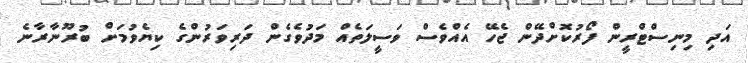
އަދި މިނިސްޓްރީން ފޯރުކޮށްދޭން ޖެހޭ އެއްވެސް ވަސީލަތެއް މަދުވެގެން ދަރިވަރުންގެ ކިޔެވުމަށް ބުރޫނާރާނެ